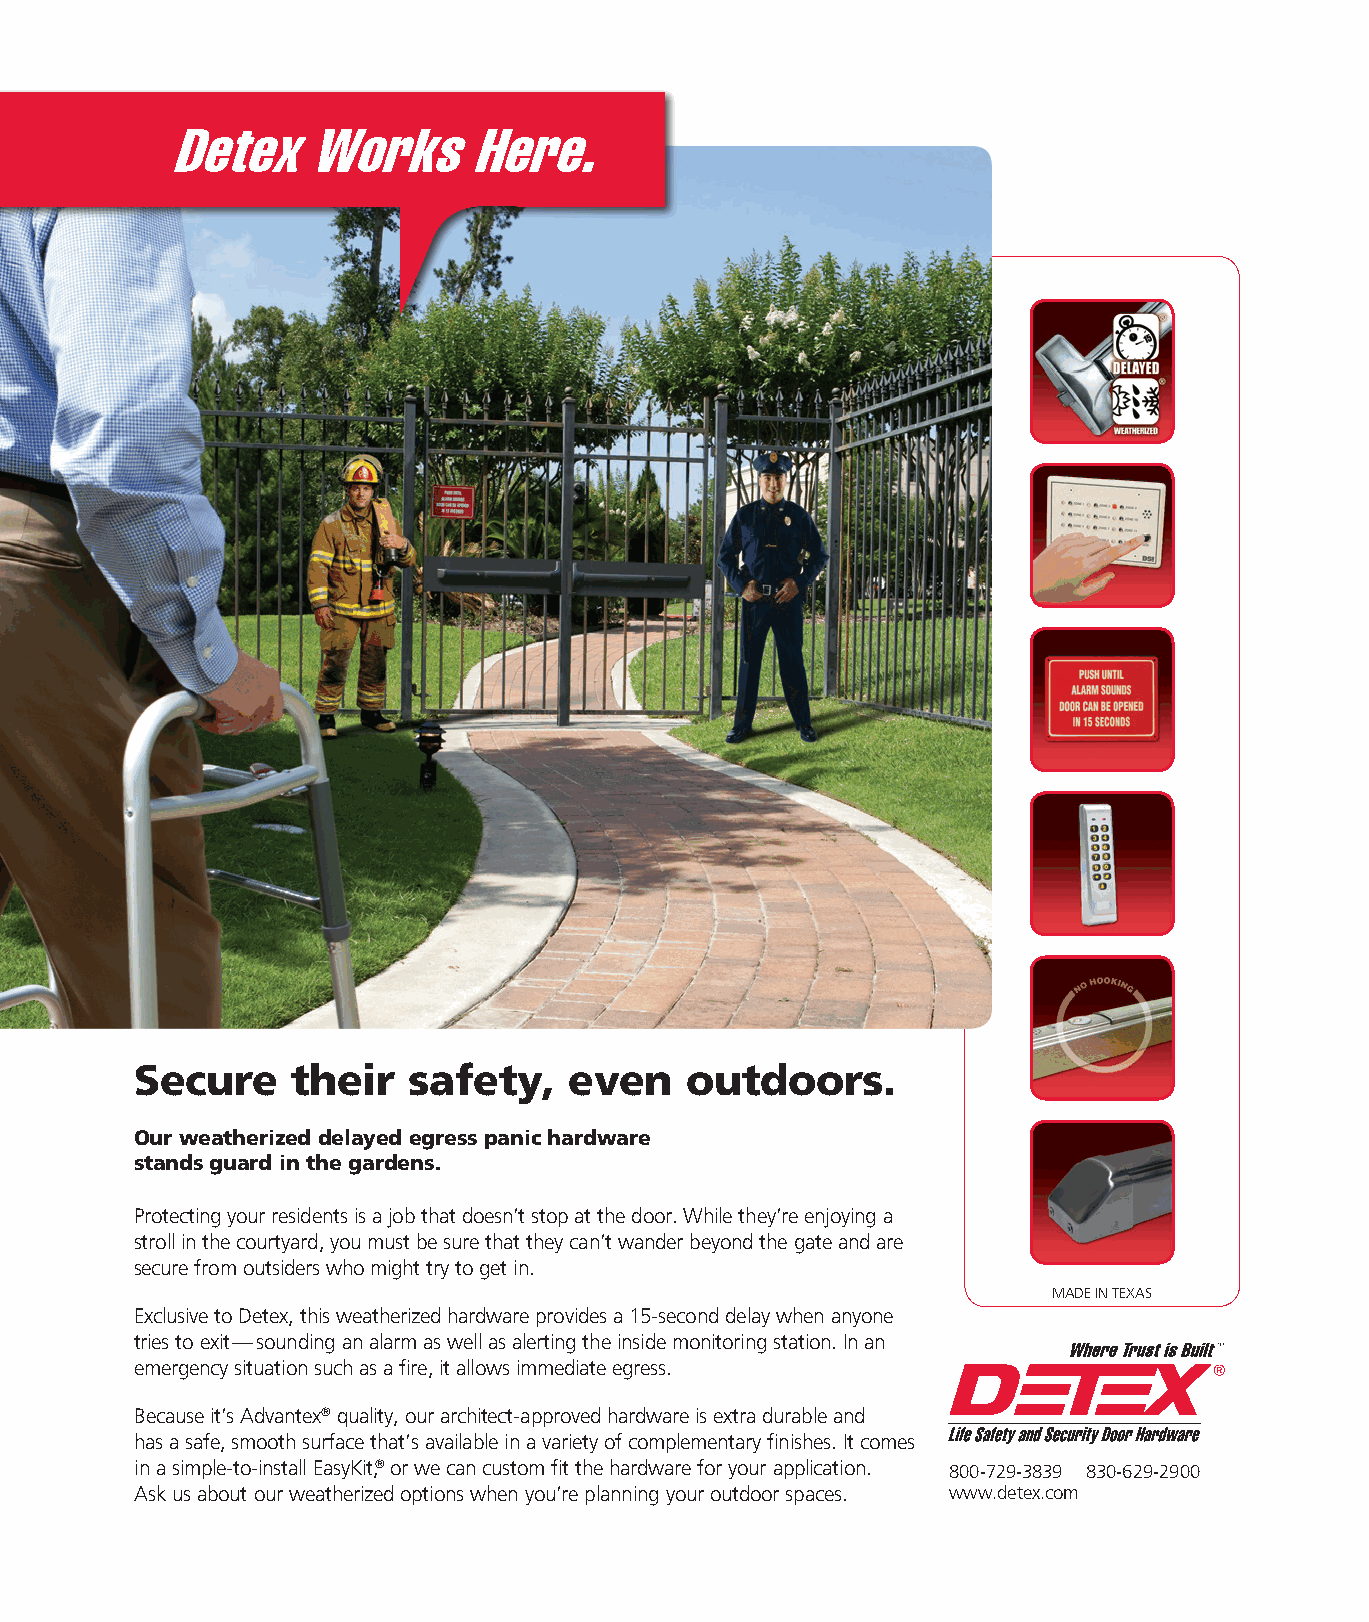
Secure    their   safety,    even   outdoors.
 Our weatherized delayed egress panic hardware
 stands guard in the gardens.
 Protecting your residents is a job that doesn’t stop at the door. While they’re enjoying a
 stroll in the courtyard, you must be sure that they can’t wander beyond the gate and are
 secure from outsiders who might try to get in.
 MADE IN TEXAS
 Exclusive to Detex, this weatherized hardware provides a 15-second delay when anyone
 tries to exit—sounding an alarm as well as alerting the inside monitoring station. In an
 emergency situation such as a fire, it allows immediate egress.
 Because it’s Advantex® quality, our architect-approved hardware is extra durable and
 has a safe, smooth surface that’s available in a variety of complementary finishes. It comes
 in a simple-to-install EasyKit,® or we can custom fit the hardware for your application. 800-729-3839 830-629-2900
 Ask us about our weatherized options when you’re planning your outdoor spaces. www.detex.com